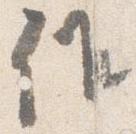
候